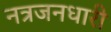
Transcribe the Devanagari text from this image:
नत्रजनधारी